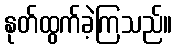
နုတ်ထွက်ခဲ့ကြသည်။